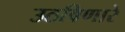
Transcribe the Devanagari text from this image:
उठविणारे